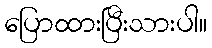
ပြောထားပြီးသားပါ။